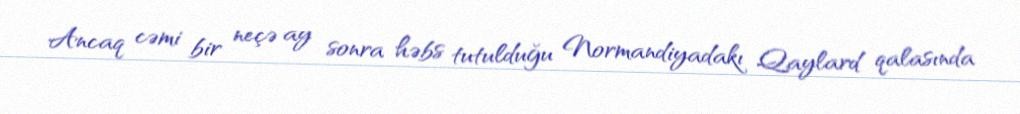
Ancaq cəmi bir neçə ay sonra həbs tutulduğu Normandiyadakı Qaylard qalasında